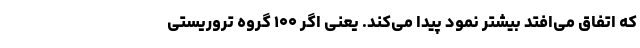
که اتفاق می‌افتد بیشتر نمود پیدا می‌کند. یعنی اگر ۱۰۰ گروه تروریستی